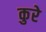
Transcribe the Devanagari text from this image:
कुरे